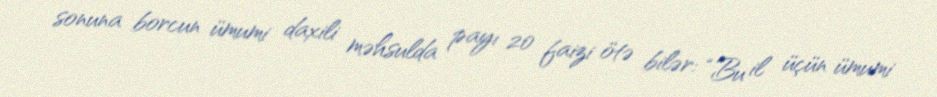
sonuna borcun ümumi daxili məhsulda payı 20 faizi ötə bilər: “Bu il üçün ümumi